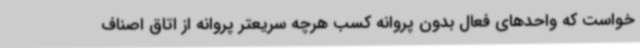
خواست که واحدهای فعال بدون پروانه کسب هرچه سریعتر پروانه از اتاق اصناف